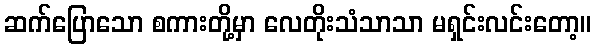
ဆက်ပြောသော စကားတို့မှာ လေတိုးသံသာသာ မရှင်းလင်းတော့။